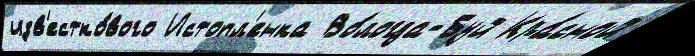
изв'естко́вого Истопл'енка Во́логда-Буй Кра́сной